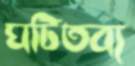
ঘটিতব্য